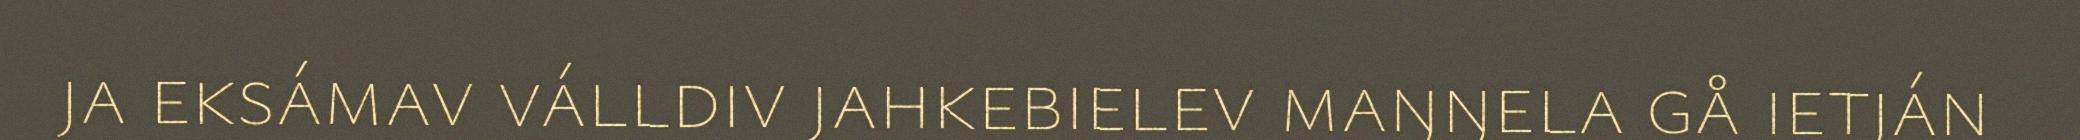
ja eksámav válldiv jahkebielev maŋŋela gå ietján